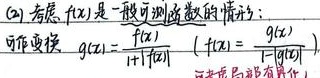
(2) 考虑 \(f(x)\) 是一般可测函数的情形：可作变换 \(g(x)=\frac{f(x)}{1 + |f(x)|}\)（\(f(x)=\frac{g(x)}{1 - |g(x)|}\) 当 \(|g(x)|<1\)）